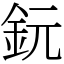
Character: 鈨